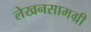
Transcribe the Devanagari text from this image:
लेखनसामग्री